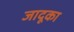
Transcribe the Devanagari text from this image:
जादूका